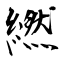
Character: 繎